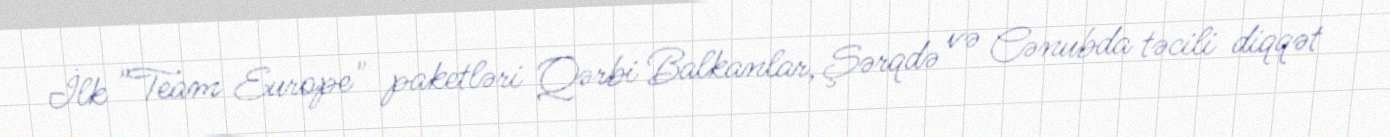
İlk "Team Europe" paketləri Qərbi Balkanlar, Şərqdə və Cənubda təcili diqqət